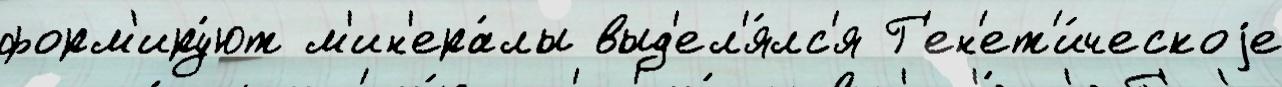
форм'иру́ют м'ин'ера́лы выд'ел'я́лс'я Г'ен'ет'и́ческоjе